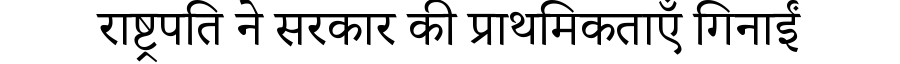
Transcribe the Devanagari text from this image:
राष्ट्रपति ने सरकार की प्राथमिकताएँ गिनाईं